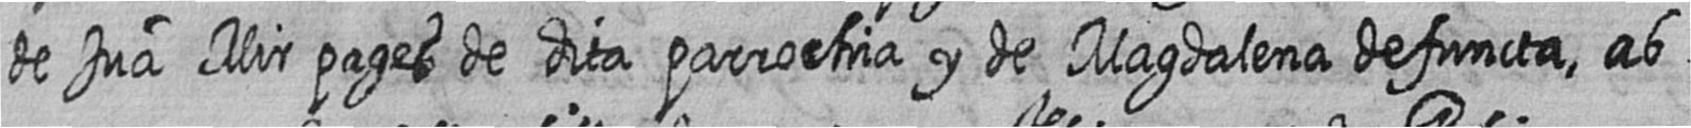
de Jua Mir pages de dita parrochia y de Magdalena defuncta ab